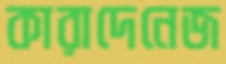
কারাদেনেজ